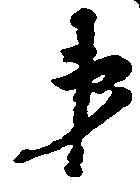
第